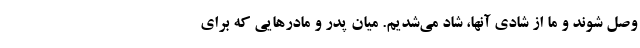
وصل شوند و ما از شادی آنها، شاد می‌شدیم. میان پدر و مادرهایی که برای